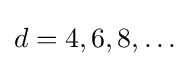
d=4,6,8,\ldots